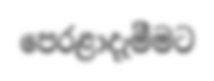
පෙරළාදැමීමට